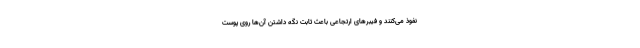
نفوذ می‌کنند و فیبر‌های ارتجاعی باعث ثابت نگه داشتن آن‌ها روی پوست